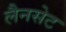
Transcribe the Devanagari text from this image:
लैनसेट